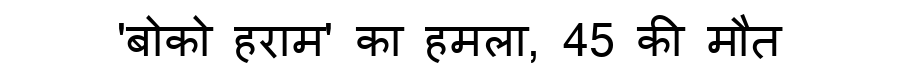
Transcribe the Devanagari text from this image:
'बोको हराम' का हमला, 45 की मौत